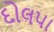
દોલપા